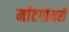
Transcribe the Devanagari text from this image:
र्माटगोमरी